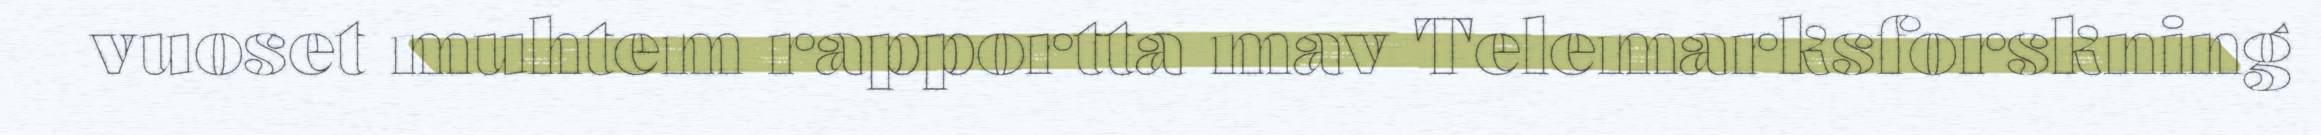
vuoset muhtem rapportta mav Telemarksforskning